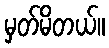
မှတ်မိတယ်။